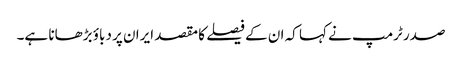
صدر ٹرمپ نے کہا کہ ان کے فیصلے کا مقصد ایران پر دباؤ بڑھانا ہے۔